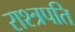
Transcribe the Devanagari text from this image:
राश्त्रपति